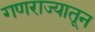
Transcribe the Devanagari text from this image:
गणराज्यातून